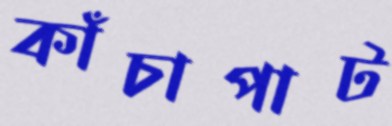
কাঁচাপাট